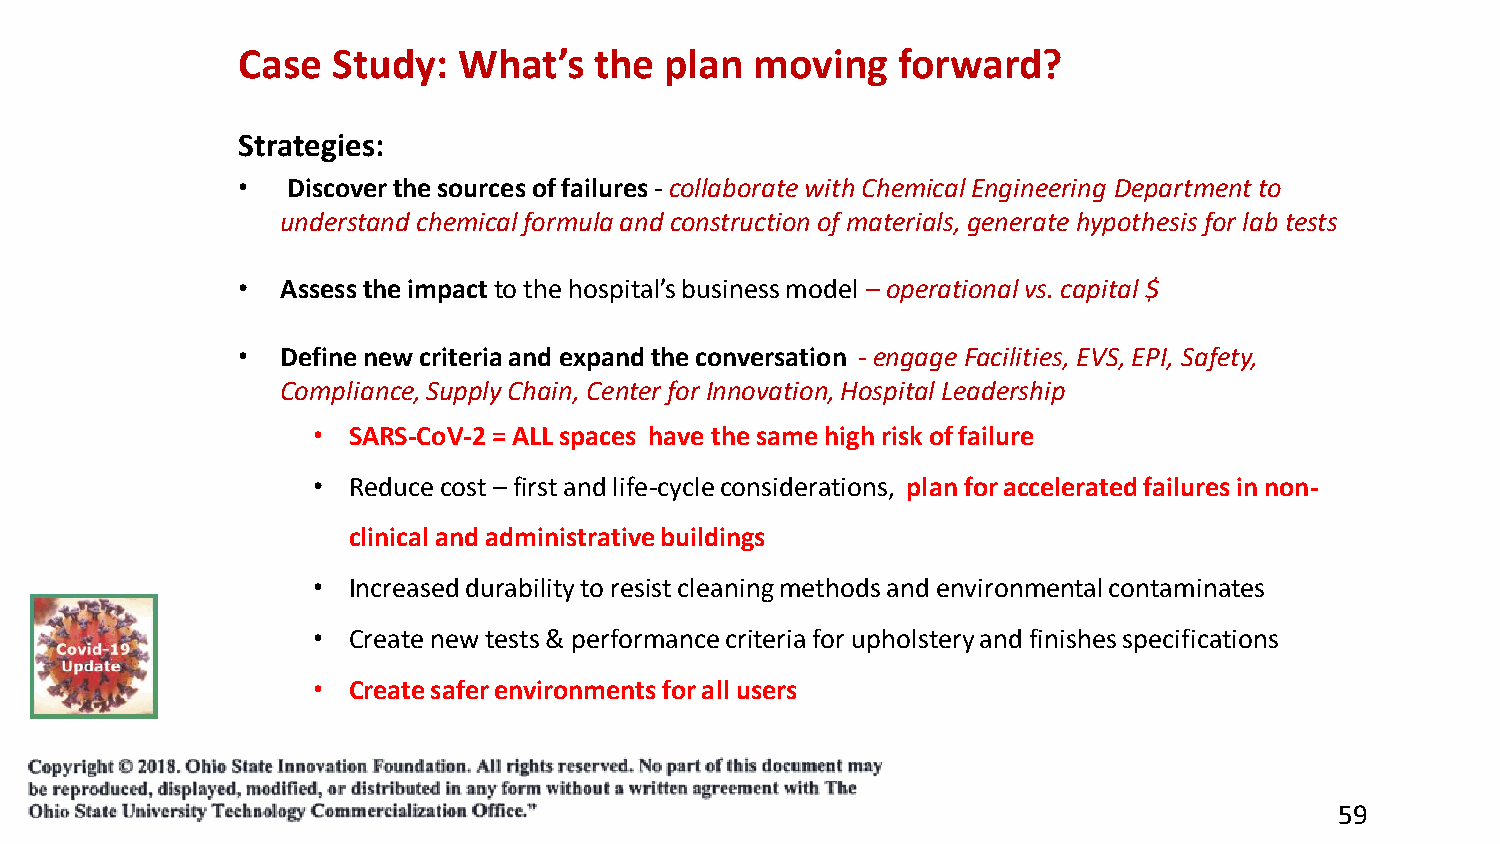
Case  Study:  What’s   the  plan  moving   forward?
 Strategies:
 •  Discover the sources of failures- collaborate with Chemical Engineering Department to
 understand chemical formula and construction of materials, generate hypothesis for lab tests
 •  Assessthe impact to the hospital’s business model – operational vs. capital $
 •  Definenew criteria and expand the conversation -engage Facilities, EVS, EPI, Safety,
 Compliance, Supply Chain, Center for Innovation, Hospital Leadership
 • SARS-CoV-2 = ALL spaces have the same high risk of failure
 • Reduce cost – first and life-cycle considerations, plan for accelerated failures in non-
 clinical and administrative buildings
 • Increased durability to resist cleaning methods and environmental contaminates
 • Create new tests & performance criteria for upholstery and finishes specifications
 • Create safer environments for all users
 59